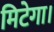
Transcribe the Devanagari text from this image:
मिटेगा।